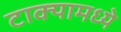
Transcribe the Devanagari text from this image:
टाक्यामध्ये